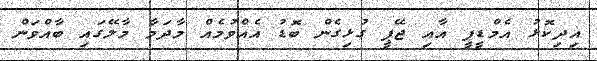
އިދިކޮޅު އެމްޑީޕީ އާއި ޖޭޕީ ގުޅިގެން ބޮޑު އެއްވުމެއް މާދަމާ މާލޭގައި ބާއްވަން